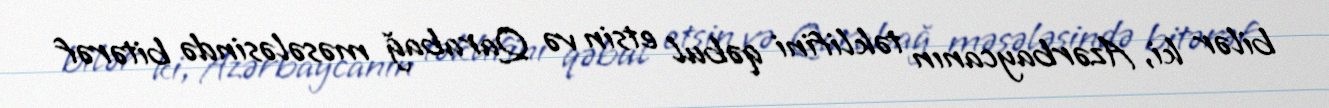
bilər ki, Azərbaycanın təklifini qəbul etsin və Qarabağ məsələsində bitərəf